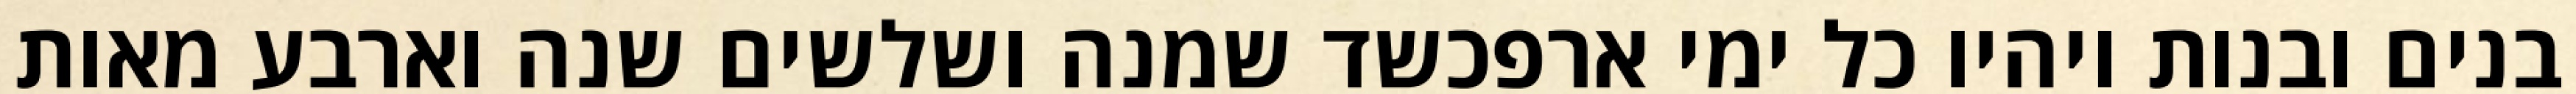
בנים ובנות ויהיו כל ימי ארפכשד שמנה ושלשים שנה וארבע מאות